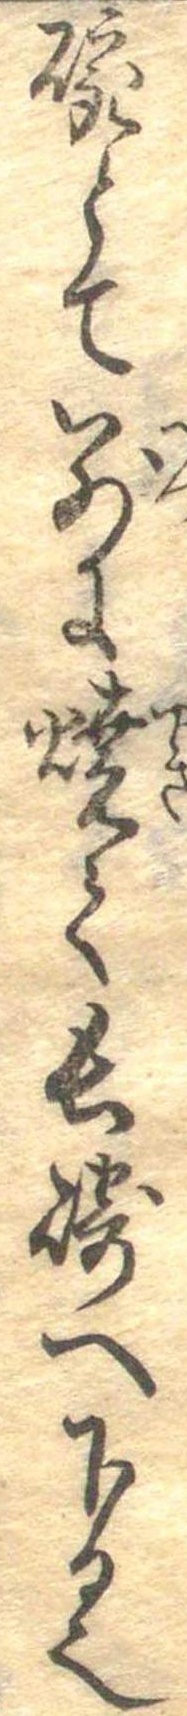
碗とて別に焼て長崎へ下る也